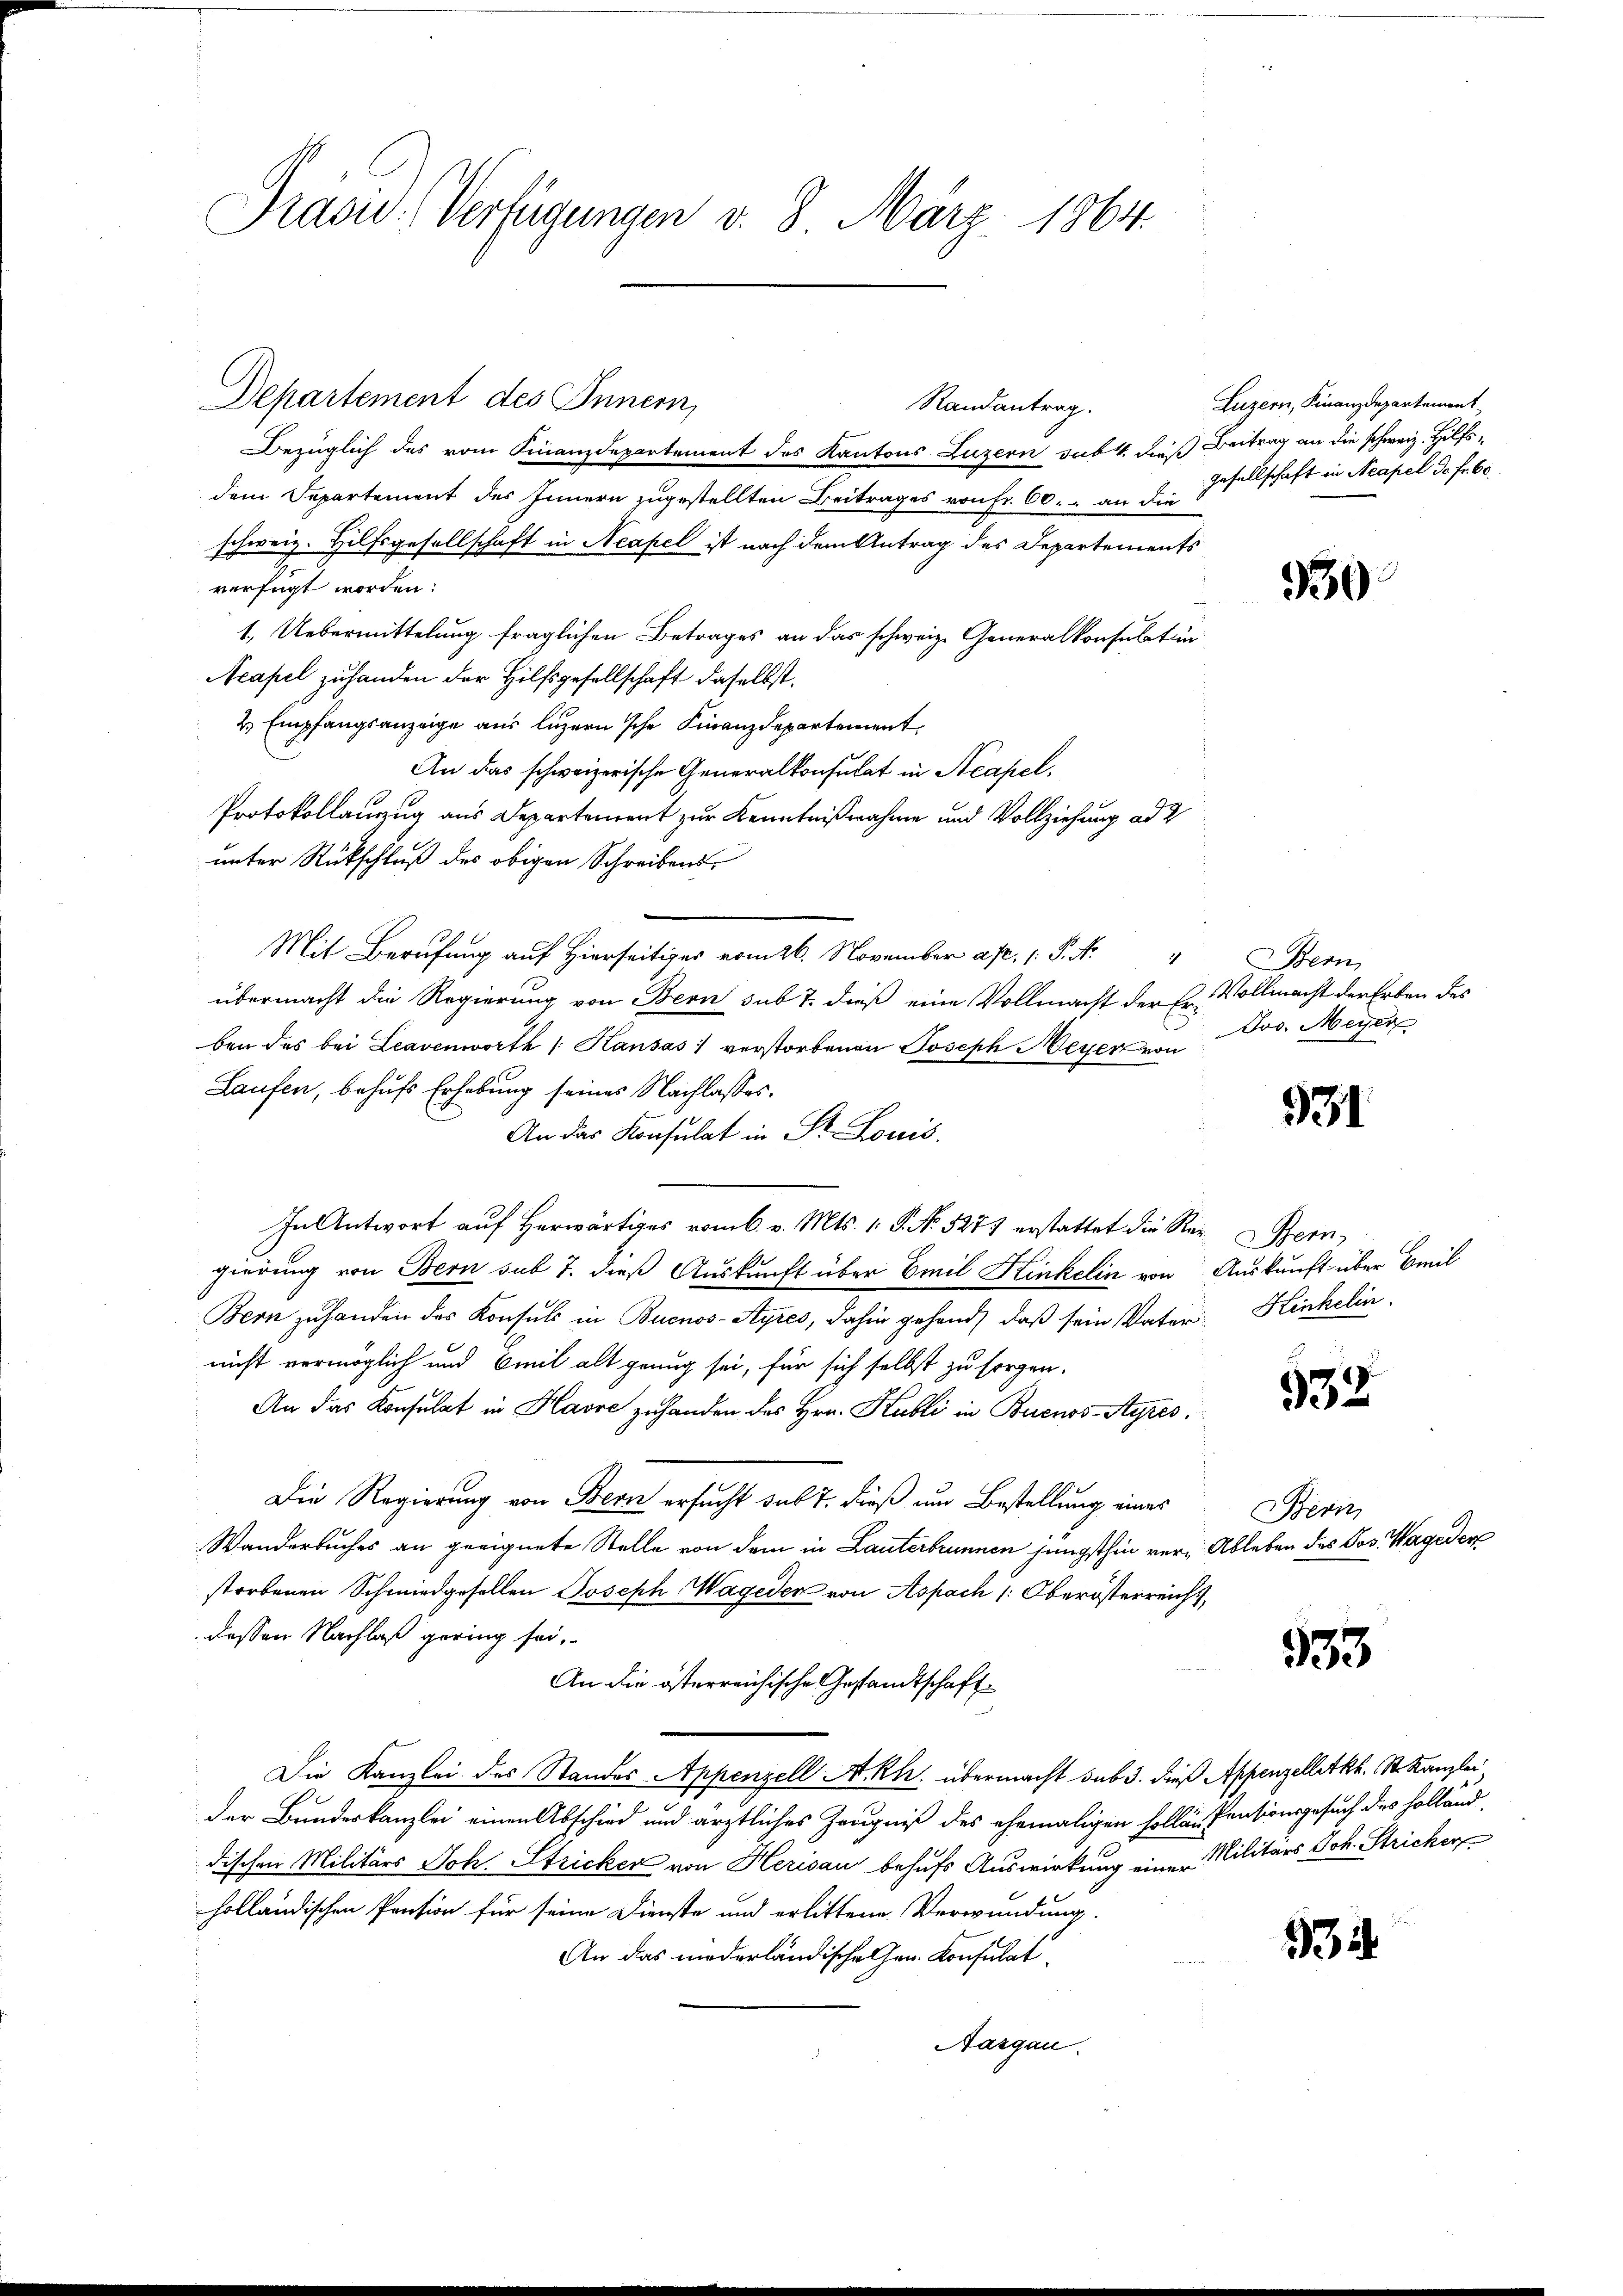
Präsid.- Verfügungen v. 8. März 1864.

Departement des Innern,

Bezüglich des vom Finanzdepartement des Kantons Luzern sub 4. dieß Beitrag an die schweiz. Hilfsdem Departement des Innern zugestellten Beitrages von Fr. 60. an die
schweiz. Hilfsgesellschaft in Neapel ist nach dem Antrag des Departements
verfügt worden:
1. Uebermittelung fraglichen Betrages an das schweiz. Generalkonsulatin
Acapel zuhanden der Hilfsgesellschaft daselbst.
2. Empfangsanzeige aus Luzern sche Finanzdepartement
An das schweizerische Generalkonsulat in Neapel,
Protokollanzzug aus Departement zur Kenntnißnahmen und Vollziehung ad 2
unter Rückschluß des obigen Schreibens¬
.
Mit Berufung auf Hierseitiger vom 26. November art. 1. P. N. " Bern
übermacht die Regierung von Bern sub 7. dieß eine Vollmacht der Er Vollmacht der Erben des
ben des bei Leavenworte / Kausas verstorbenen Joseph Meyer von
Laufen, behufs Erhebung seines Nachlasses.
An das Konsulat in Dr. Louis
In Antwort auf herwärtiges vom 6. v. Mts. 1. P. No. 527 erstattet die Reg. Bern,
gierung von Bern sub 7. dieß Auskunft über Emil Kinkelin von Auskunft über Beil
Bern zuhanden des Konsuls in Buenos-Ayres, dahin gehend, daß sein Vater Kinkelin
nicht vermöglich und Emil alt genug sei, für sich selbst zu sorgen.
An das Konsulat in Havre zu handen des Hrn. Kubli in Buenos-Ayres¬
Die Regierung von Bern ersucht sub 7. dieß um Bestellung eines
Wanderbuches an geeignete Stelle von dem in Lauterbrunnen jüngsthin ver- Ableben des Jos. Wageden
storbenen Schmiedgesellen Joseph Mageden von Aspach 1. Oberösterreich,
dessen Nachlaß gering sei.
An die österreichische Gestandtschaft¬
Die Kanzlei des Standes Appenzell A.-Rh. übermacht sub 3. dieß Appenzelletkk. St. Kanzlei
der Bundeskanzlei einen Abschied und ärztliches Zeugniß des ehemaligen sollen Pensionsgesuch des Holland,
dischen Militärs Joh. Stricker von Herisau behufs Auswirkung einer Militärs Joh. Stricker
holländischen Pension für seine Dienste und erlittene Verwundung,
An das niederländische her Konsulat
Aargau.

Randantrag.

Luzern, Finanzdepartement
gesellschaft in Neapel de fr. 60

330

Jos. Meyer

931.

532

Berein

933

12